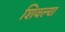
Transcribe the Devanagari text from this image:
शिवल्या